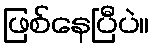
ဖြစ်နေပြီပဲ။